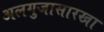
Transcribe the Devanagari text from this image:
अलगुजासारखा